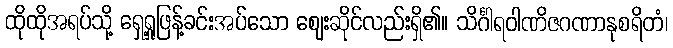
ထိုထိုအရပ်သို့ ရှေ့ရှုဖြန့်ခင်းအပ်သော ဈေးဆိုင်လည်းရှိ၏။ သိင်္ဂါရဝါဏိဇဂဏာနုစရိတံ၊